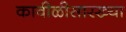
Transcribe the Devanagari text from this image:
कावीळीसारख्या